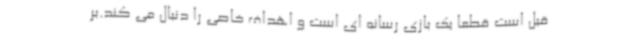
قبل است قطعا یک بازی رسانه ای است و اهداف خاصی را دنبال می کند.بر